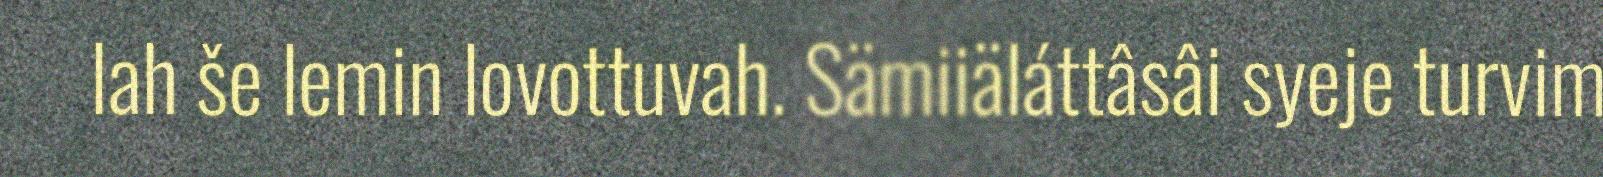
lah še lemin lovottuvah. Sämiiäláttâsâi syeje turvim